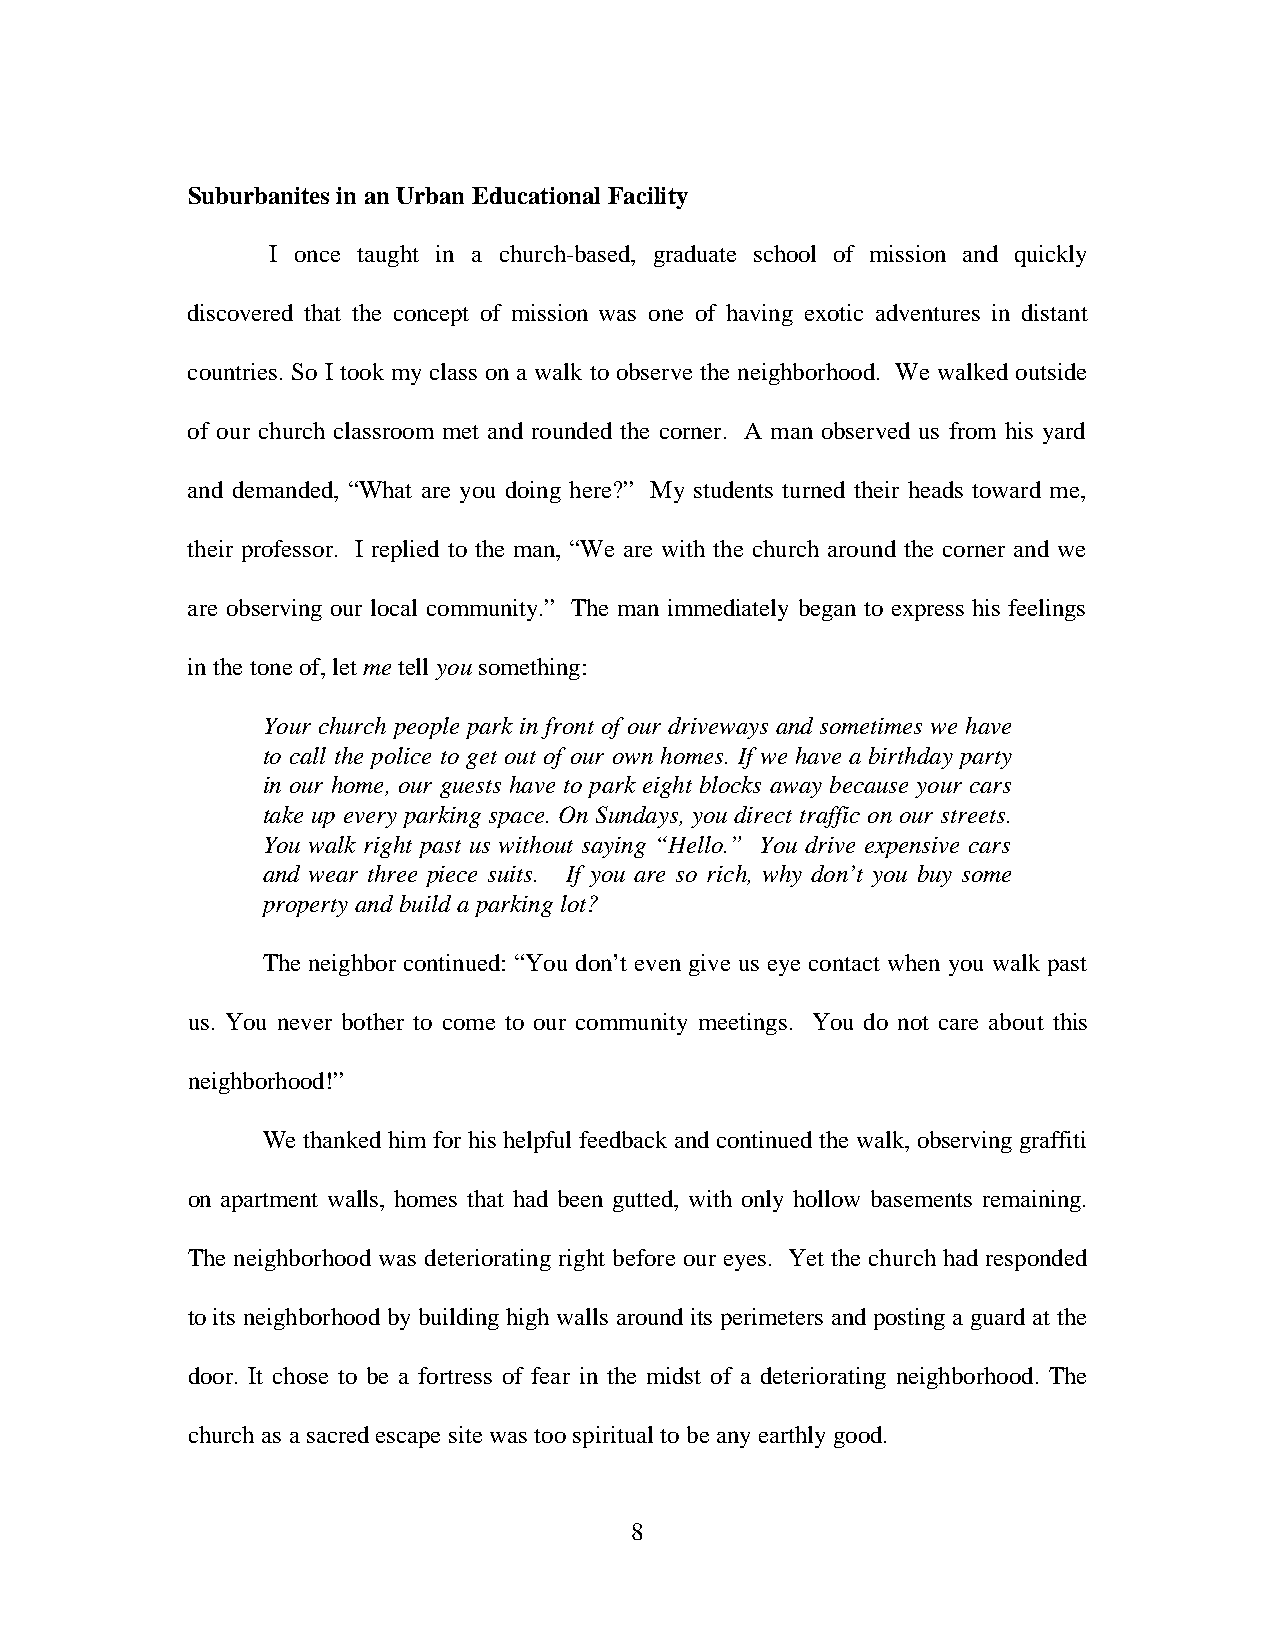
Suburbanites in an Urban Educational Facility
 I once taught in a church-based, graduate school of mission and quickly
 discovered that the concept of mission was one of having exotic adventures in distant
 countries. So I took my class on a walk to observe the neighborhood. We walked outside
 of our church classroom met and rounded the corner. A man observed us from his yard
 and demanded, “What are you doing here?” My students turned their heads toward me,
 their professor. I replied to the man, “We are with the church around the corner and we
 are observing our local community.” The man immediately began to express his feelings
 in the tone of, let me tell you something:
 Your church people park in front of our driveways and sometimes we have
 to call the police to get out of our own homes. If we have a birthday party
 in our home, our guests have to park eight blocks away because your cars
 take up every parking space. On Sundays, you direct traffic on our streets.
 You walk right past us without saying “Hello.” You drive expensive cars
 and wear three piece suits. If you are so rich, why don’t you buy some
 property and build a parking lot?
 The neighbor continued: “You don’t even give us eye contact when you walk past
 us. You never bother to come to our community meetings. You do not care about this
 neighborhood!”
 We thanked him for his helpful feedback and continued the walk, observing graffiti
 on apartment walls, homes that had been gutted, with only hollow basements remaining.
 The neighborhood was deteriorating right before our eyes. Yet the church had responded
 to its neighborhood by building high walls around its perimeters and posting a guard at the
 door. It chose to be a fortress of fear in the midst of a deteriorating neighborhood. The
 church as a sacred escape site was too spiritual to be any earthly good.
 8